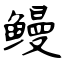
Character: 鳗